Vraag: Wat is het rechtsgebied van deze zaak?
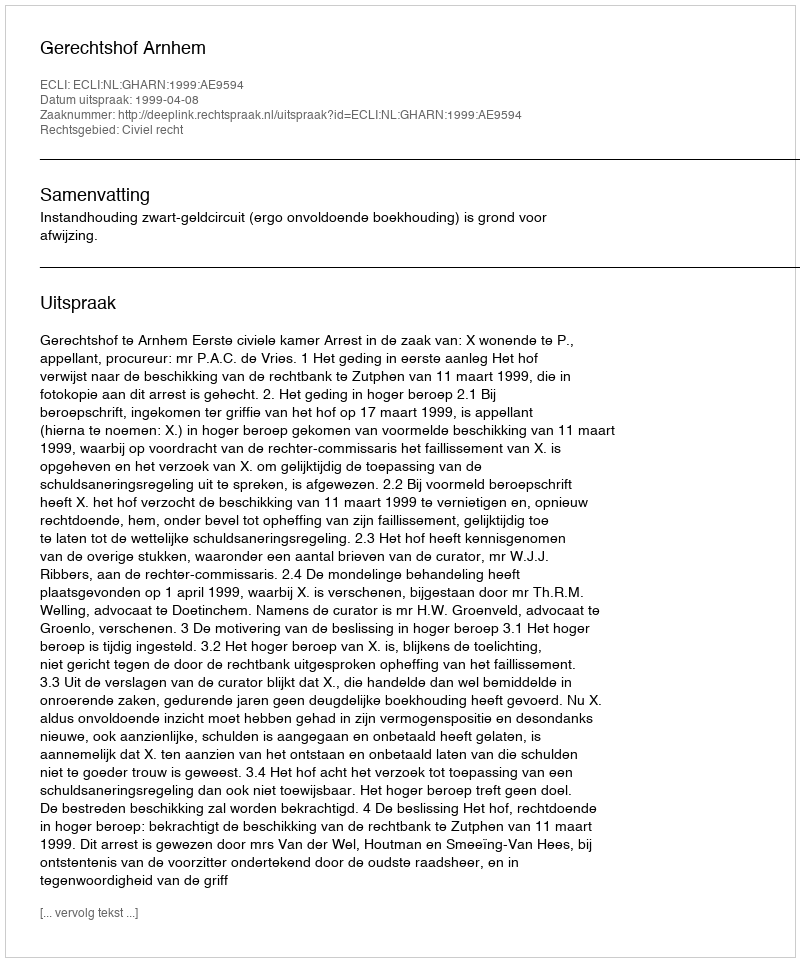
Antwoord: Civiel recht